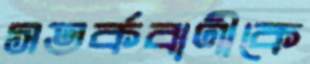
সতর্কবাণীকে